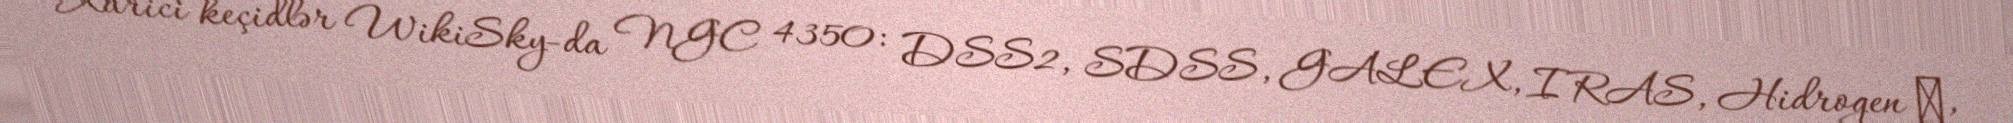
Xarici keçidlər WikiSky-da NGC 4350: DSS2, SDSS, GALEX, IRAS, Hidrogen α,